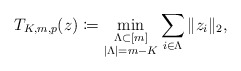
\begin{align*}T_{K,m,p}(z)\coloneqq\min_{\substack{\Lambda\subset[m]\\|\Lambda|=m-K}}\sum_{i\in\Lambda}\|z_i\|_2,\end{align*}